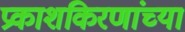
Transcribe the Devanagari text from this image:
प्रकाशकिरणांच्या